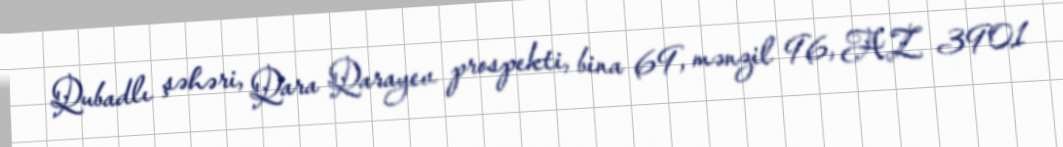
Qubadlı şəhəri, Qara Qarayev prospekti, bina 69, mənzil 96, AZ 3901